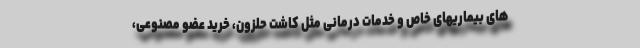
های بیماریهای خاص و خدمات درمانی مثل کاشت حلزون، خرید عضو مصنوعی،